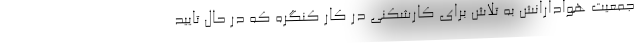
جمعیت هوادارانش به تلاش برای کارشکنی در کار کنگره که در حال تایید